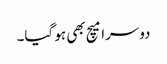
دوسرا میچ بھی ہو گیا۔